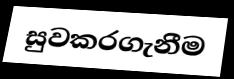
සුවකරගැනීම